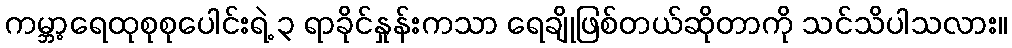
ကမ္ဘာ့ရေထုစုစုပေါင်းရဲ့ ၃ ရာခိုင်နှုန်းကသာ ရေချိုဖြစ်တယ်ဆိုတာကို သင်သိပါသလား။